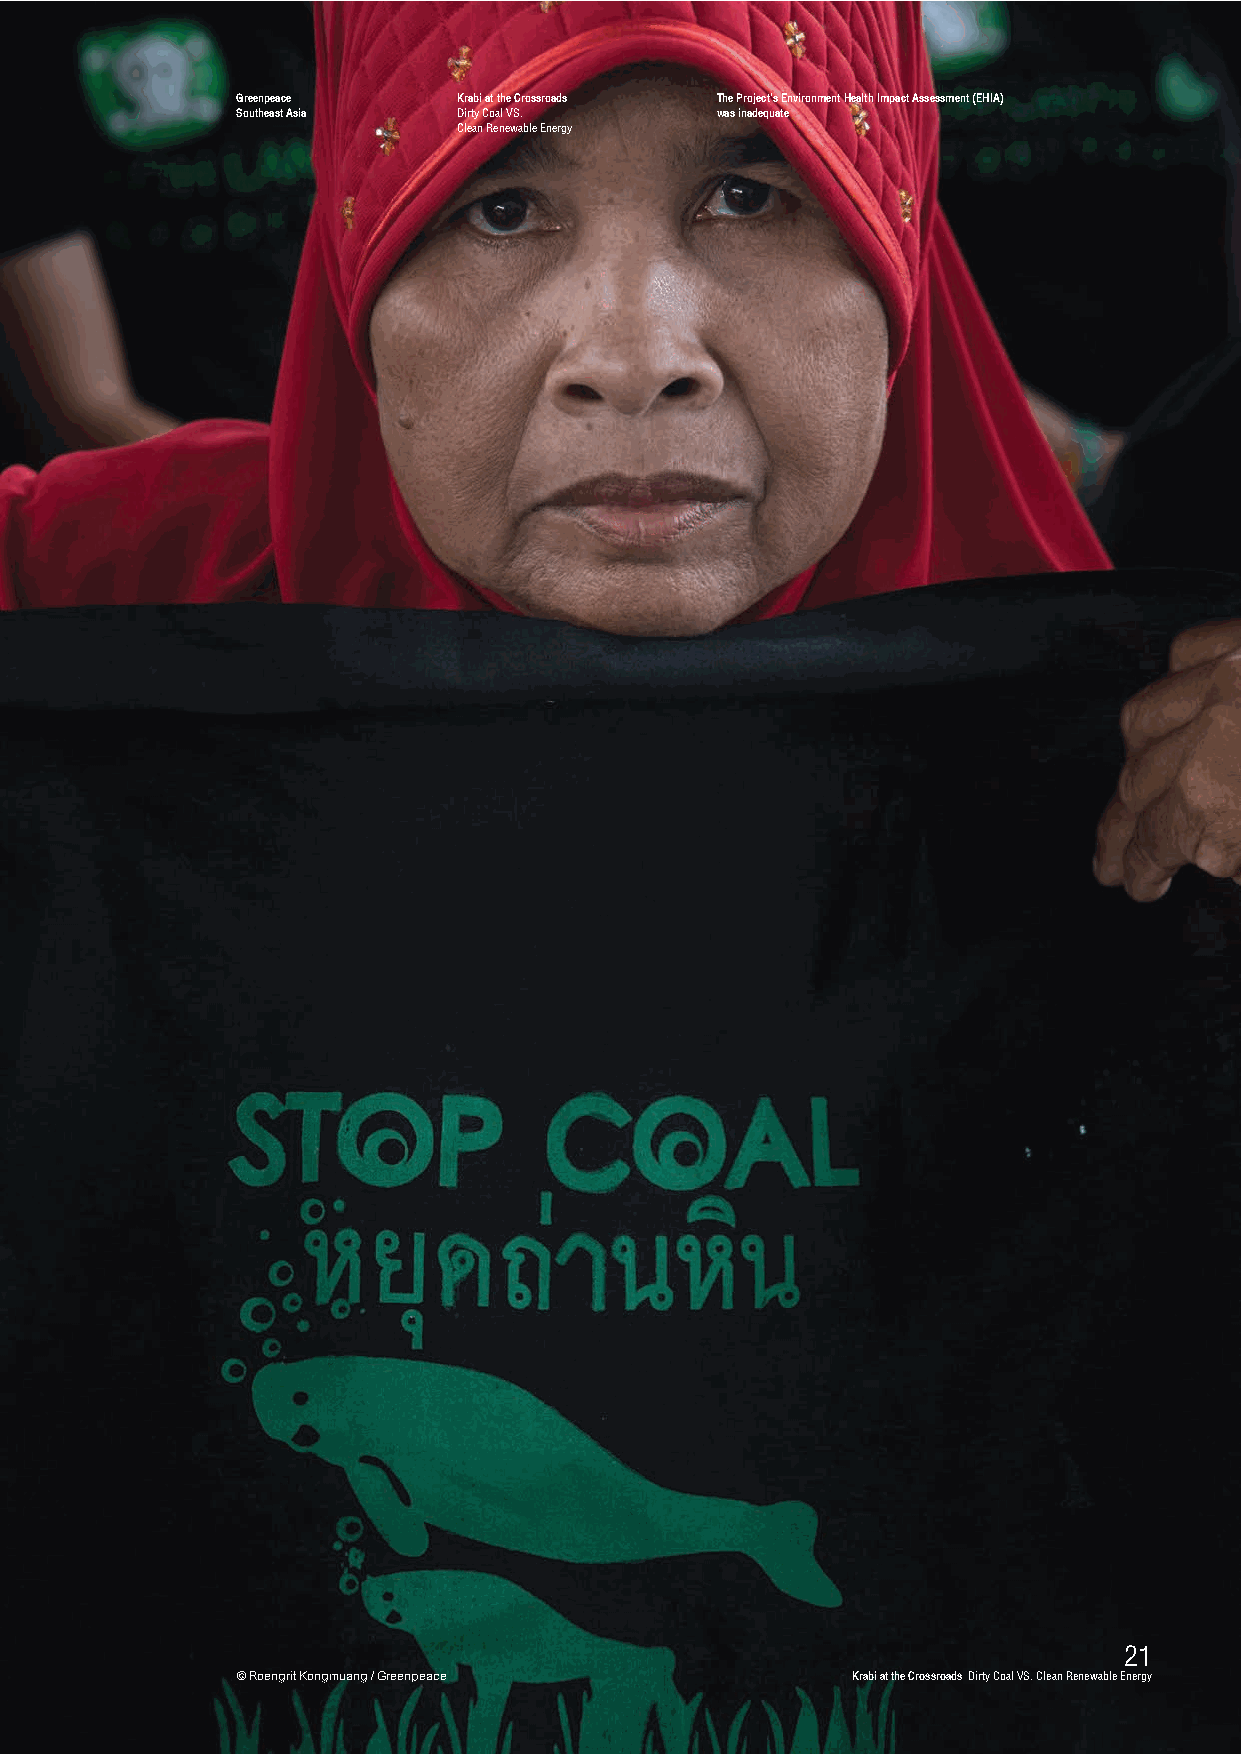
GGrreeeennppeeaaccee KKrraabbii aatt tthhee CCrroossssrrooaaddss The Project’s Environment Health Impact Assessment (EHIA)
 SSoouutthheeaasstt AAssiiaa DDiirrttyy CCooaall VVSS.. was inadequate
 CClleeaann RReenneewwaabbllee EEnneerrggyy
 2211
 © Roengrit Kongmuang / Greenpeace       KKrraabbii aatt tthhee CCrroossssrrooaaddss DDiirrttyy CCooaall VVSS.. CClleeaann RReenneewwaabbllee EEnneerrggyy